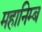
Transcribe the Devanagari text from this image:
महानिम्ब